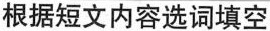
根据短文内容选词填空